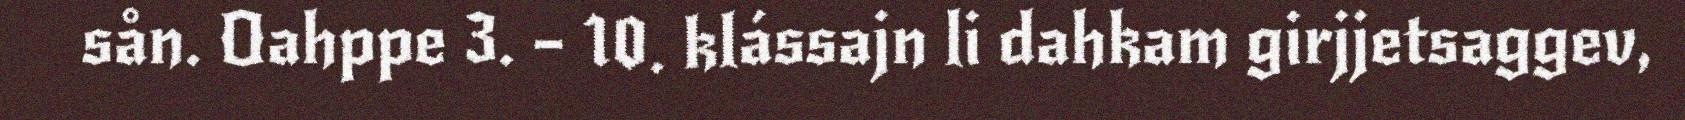
sån. Oahppe 3. – 10. klássajn li dahkam girjjetsaggev,